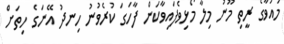
މައުވާގެ ރީތި މޫނު މިލާ މޯޅިވެފައިވާކަން ފާހަގަ ކުރެވުނު ހިނދު އޭނަގެ ހިތަށް